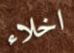
اخلاء